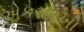
એકસરખો